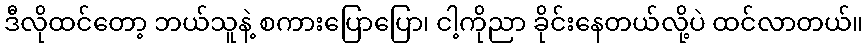
ဒီလိုထင်တော့ ဘယ်သူနဲ့ စကားပြောပြော၊ ငါ့ကိုညာ ခိုင်းနေတယ်လို့ပဲ ထင်လာတယ်။